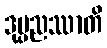
ဒုပ္ပညဿာတိ